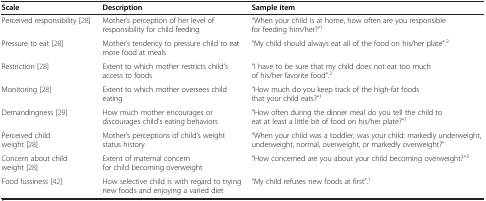
<table><thead><tr><td><b>Scale</b></td><td><b>Description</b></td><td><b>Sample item</b></td></tr></thead><tbody><tr><td>Perceived responsibility [28]</td><td>Mother’s perception of her level of responsibility for child feeding</td><td>“When your child is at home, how often are you responsible for feeding him/her?”<sup>1</sup></td></tr><tr><td>Pressure to eat [28]</td><td>Mother’s tendency to pressure child to eat more food at meals</td><td>“My child should always eat all of the food on his/her plate”.<sup>2</sup></td></tr><tr><td>Restriction [28]</td><td>Extent to which mother restricts child’s access to foods</td><td>“I have to be sure that my child does not eat too much of his/her favorite food”.<sup>2</sup></td></tr><tr><td>Monitoring [28]</td><td>Extent to which mother oversees child eating</td><td>“How much do you keep track of the high-fat foods that your child eats?”<sup>1</sup></td></tr><tr><td>Demandingness [29]</td><td>How much mother encourages or discourages child’s eating behaviors</td><td>“How often during the dinner meal do you tell the child to eat at least a little bit of food on his/her plate?”<sup>1</sup></td></tr><tr><td>Perceived child weight [28]</td><td>Mother’s perceptions of child’s weight status history</td><td>“When your child was a toddler, was your child: markedly underweight, underweight, normal, overweight, or markedly overweight?”</td></tr><tr><td>Concern about child weight [28]</td><td>Extent of maternal concern for child becoming overweight</td><td>“How concerned are you about your child becoming overweight?”<sup>3</sup></td></tr><tr><td>Food fussiness [42]</td><td>How selective child is with regard to trying new foods and enjoying a varied diet</td><td>“My child refuses new foods at first”.<sup>1</sup></td></tr></tbody></table>